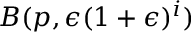
B ( p , \epsilon ( 1 + \epsilon ) ^ { i } )